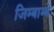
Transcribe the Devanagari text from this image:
जिम्बाम्बे